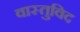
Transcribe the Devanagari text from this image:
वास्‍तुविद